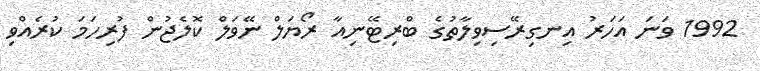
1992 ވަނަ އަހަރު އިނގިރޭސިވިލާތުގެ ބްރިޓޭނިއާ ރޯޔަލް ނޭވަލް ކޮލެޖުން ފުރިހަމަ ކުރެއްވި